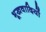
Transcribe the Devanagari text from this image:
भूखवादियों